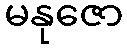
မနုဇော